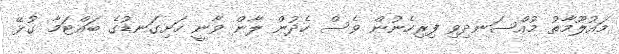
މައުލޫމާތު މުއްސަނދިވި ފިރިހެނުން ވެސް ހެދުން ލާން ވާނީ ހަށިގަނޑުގެ ބައްޓަމާ ގުޅޭ